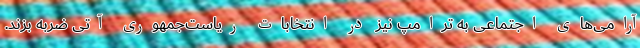
آرامی‌های اجتماعی به ترامپ نیز در انتخابات ریاست‌جمهوری آتی ضربه بزند.